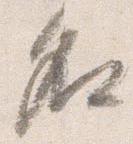
名